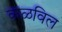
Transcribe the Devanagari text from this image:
कळविल